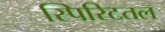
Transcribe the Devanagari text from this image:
स्पिरिटतल